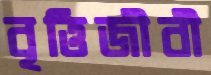
বৃত্তিজীবী